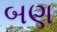
બણ